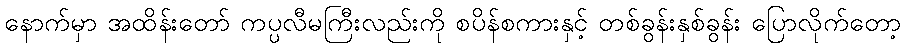
နောက်မှာ အထိန်းတော် ကပ္ပလီမကြီးလည်းကို စပိန်စကားနှင့် တစ်ခွန်းနှစ်ခွန်း ပြောလိုက်တော့